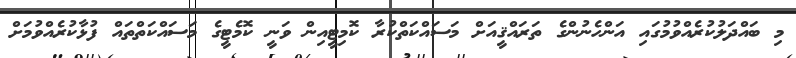
މި ބައްދަލުކުރެއްވުމުގައި އަންހެނުންގެ ތަރައްޤީއަށް މަސައްކަތްކުރާ ކޮމިޓީއިން ވަނީ ކޮމެޓީގެ މަސައްކަތްތައް ފުޅާކުރެއްވުމަށް